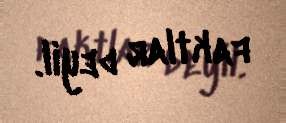
faktlar deyil.